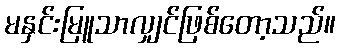
မနှင်းမြူသာလျှင်ဖြစ်တော့သည်။